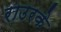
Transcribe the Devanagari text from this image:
राउरके